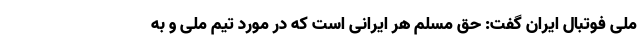
ملی فوتبال ایران گفت: حق مسلم هر ایرانی است که در مورد تیم ملی و به